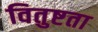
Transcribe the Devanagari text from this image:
वितुष्टता